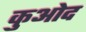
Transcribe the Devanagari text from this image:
कुओद